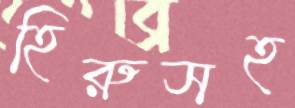
হিরুসহ